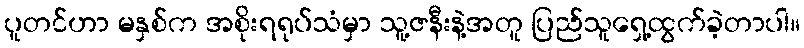
ပူတင်ဟာ မနှစ်က အစိုးရရုပ်သံမှာ သူ့ဇနီးနဲ့အတူ ပြည်သူရှေ့ထွက်ခဲ့တာပါ။